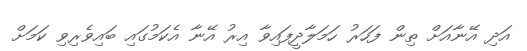
އަދި އޭނާއަށް ތިން ފަހަރު ހަމަލާދީފައިވާ އިރު އޭނާ އެކަމުގައި ބައިވެރިވި ކަމަށް